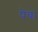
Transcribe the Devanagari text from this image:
पेच।